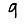
Digit: 9